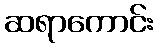
ဆရာကောင်း